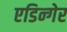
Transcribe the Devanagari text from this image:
एडिन्गेर